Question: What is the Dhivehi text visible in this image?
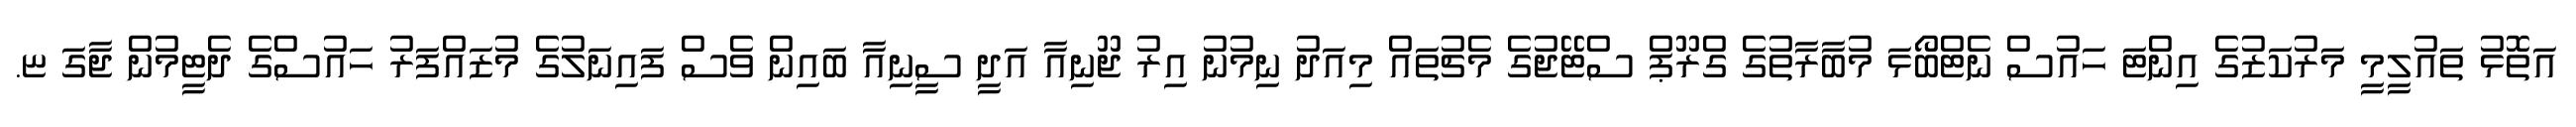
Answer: އަތޮޅު ތައުލީމީ މަރުކަޒުގެ އިންޓަ ހައުސް ނެޓްބޯޅަ މުބާރާތުގެ ގްރޫޕް ސްޓޭޖުގެ މެޗުތައް މިއަދު ނިމުނު އިރު ޖޫނިއާ އަދީ ސީނިއާ ބައިން ވެސް ފައިނަލުގެ މުޒައްފަރު ހައުސްގެ ދެޓީމުން ޖާގަ ޏ.